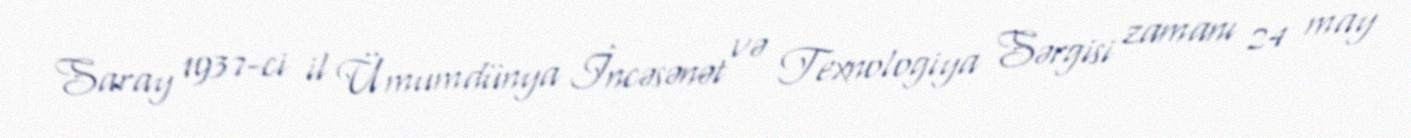
Saray 1937-ci il Ümumdünya İncəsənət və Texnologiya Sərgisi zamanı 24 may